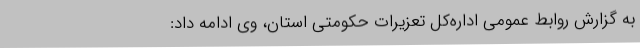
به گزارش روابط عمومی اداره‌کل تعزیرات حکومتی استان، وی ادامه داد: